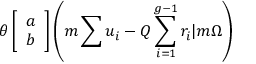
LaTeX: \theta \left[ \begin{array} { c } { { a } } \\ { { b } } \end{array} \right] \left( m \sum u _ { i } - Q \sum _ { i = 1 } ^ { g - 1 } r _ { i } | m \Omega \right)